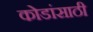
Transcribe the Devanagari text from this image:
कोडांसाठी